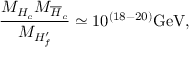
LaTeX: \frac { M _ { H _ { c } } M _ { \overline { { { H } } } _ { c } } } { M _ { H _ { f } ^ { \prime } } } \simeq 1 0 ^ { ( 1 8 - 2 0 ) } \mathrm { G e V } ,